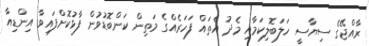
ރާއްޖޭގެ ސިޔާސީ ހަލަބޮލިކަމާއި މެދު އެތައް ފަހަރެއްގެ މަތިން ކަންބޮޑުވުން ފާޅުކޮށްފައިވާ އިންޑިއާ